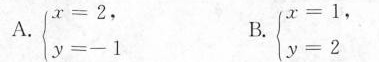
A.$$\begin{cases} x = 2 ， \\ \\y = - 1 \end{cases} b$$. B.$$\begin{cases} x = 1， \\ \\ y = 2 \end{cases}$$